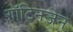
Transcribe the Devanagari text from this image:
गॉटिनज़ेन